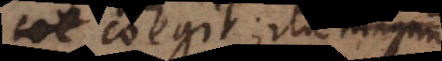
coegit; ita magnum